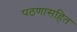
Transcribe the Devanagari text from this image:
पठणासहित